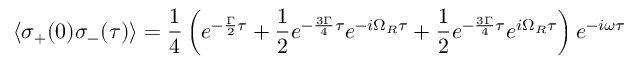
\langle \sigma _ { + } ( 0 ) \sigma _ { - } ( \tau ) \rangle = { \frac { 1 } { 4 } } \left( e ^ { - { \frac { \Gamma } { 2 } } \tau } + { \frac { 1 } { 2 } } e ^ { - { \frac { 3 \Gamma } { 4 } } \tau } e ^ { - i \Omega _ { R } \tau } + { \frac { 1 } { 2 } } e ^ { - { \frac { 3 \Gamma } { 4 } } \tau } e ^ { i \Omega _ { R } \tau } \right) e ^ { - i \omega \tau }